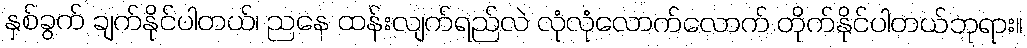
နှစ်ခွက် ချက်နိုင်ပါတယ်၊ ညနေ ထန်းလျက်ရည်လဲ လုံလုံလောက်လောက် တိုက်နိုင်ပါတယ်ဘုရား။